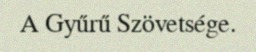
A Gyűrű Szövetsége.